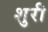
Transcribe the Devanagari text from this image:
शुरी